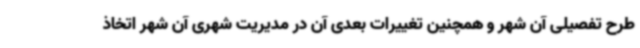
طرح تفصیلی آن شهر و همچنین تغییرات بعدی آن در مدیریت شهری آن شهر اتخاذ